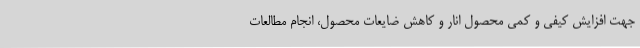
جهت افزایش کیفی و کمی محصول انار و کاهش ضایعات محصول، انجام مطالعات